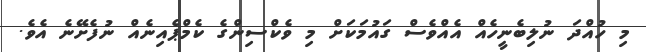
މި ހުއްދަ ނުލިބެނީހެއް އެއްވެސް ގައުމަކަށް މި ވެކްސިންގެ ކެމްޕެއިނެއް ނުފެށޭނެ އެވެ.